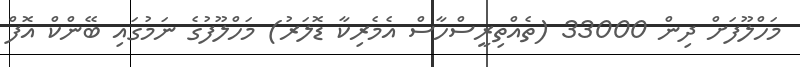
މަހްލޫފަށް ދިން 33000 (ތެއްތިރީސްހާސް އެމެރިކާ ޑޮލަރު) މަހްލޫފުގެ ނަމުގައި ބޭންކް އޮފް